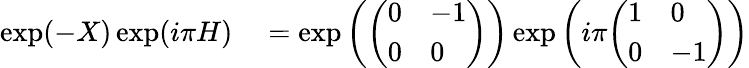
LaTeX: \begin{array}{rl}{\exp(-X)\exp(i\pi H)}&{{}=\exp\left({\left(\begin{array}{ll}{0}&{-1}\\ {0}&{0}\end{array}\right)}\right)\exp\left(i\pi{\left(\begin{array}{ll}{1}&{0}\\ {0}&{-1}\end{array}\right)}\right)}\end{array}